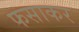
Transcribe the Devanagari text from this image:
फसाकर